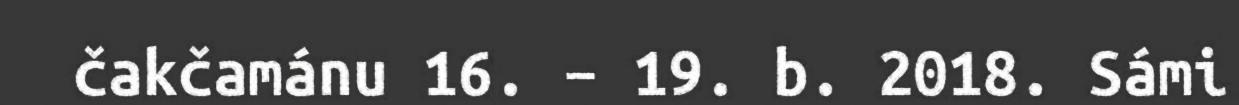
čakčamánu 16. – 19. b. 2018. Sámi